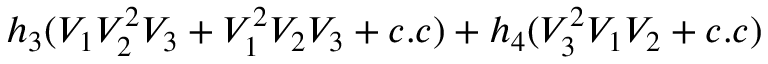
h _ { 3 } ( V _ { 1 } V _ { 2 } ^ { 2 } V _ { 3 } + V _ { 1 } ^ { 2 } V _ { 2 } V _ { 3 } + c . c ) + h _ { 4 } ( V _ { 3 } ^ { 2 } V _ { 1 } V _ { 2 } + c . c )